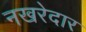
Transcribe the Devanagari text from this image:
नखरेदार